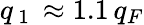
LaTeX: q_{\mathrm{~1~}}\approx 1.1\, q_{F}